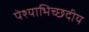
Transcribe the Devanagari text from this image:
पेश्याभिच्छदीय